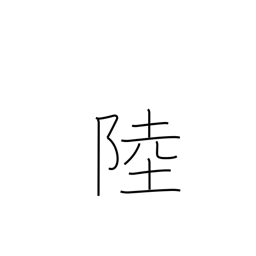
Meaning: six